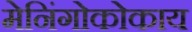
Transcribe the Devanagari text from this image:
मेनिंगोकोकाय